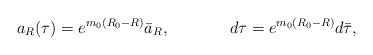
\begin{align*}a_R(\tau)=e^{m_0(R_0-R)}\bar{a}_R,\ \ \ \ \ \ \ \ \ \ \ d\tau=e^{m_0(R_0-R)}d\bar{\tau},\end{align*}